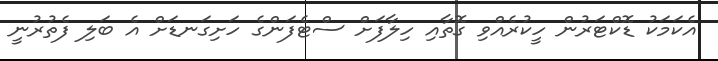
އެކަމަކު ޑޮކްޓަރުން ހީކުރެއްވި ގޮތާއި ހިލާފަށް ސްޓެފަންގެ ހަށިގަނޑަށް އެ ބަލި ފެތުރުނީ